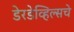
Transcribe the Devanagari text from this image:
डेरडेव्हिल्सचे